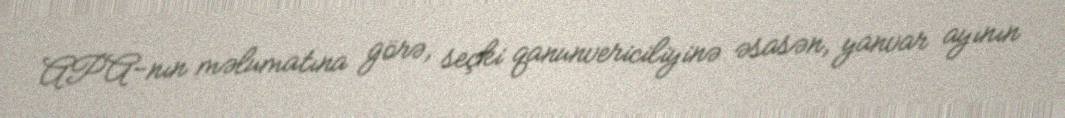
APA-nın məlumatına görə, seçki qanunvericiliyinə əsasən, yanvar ayının